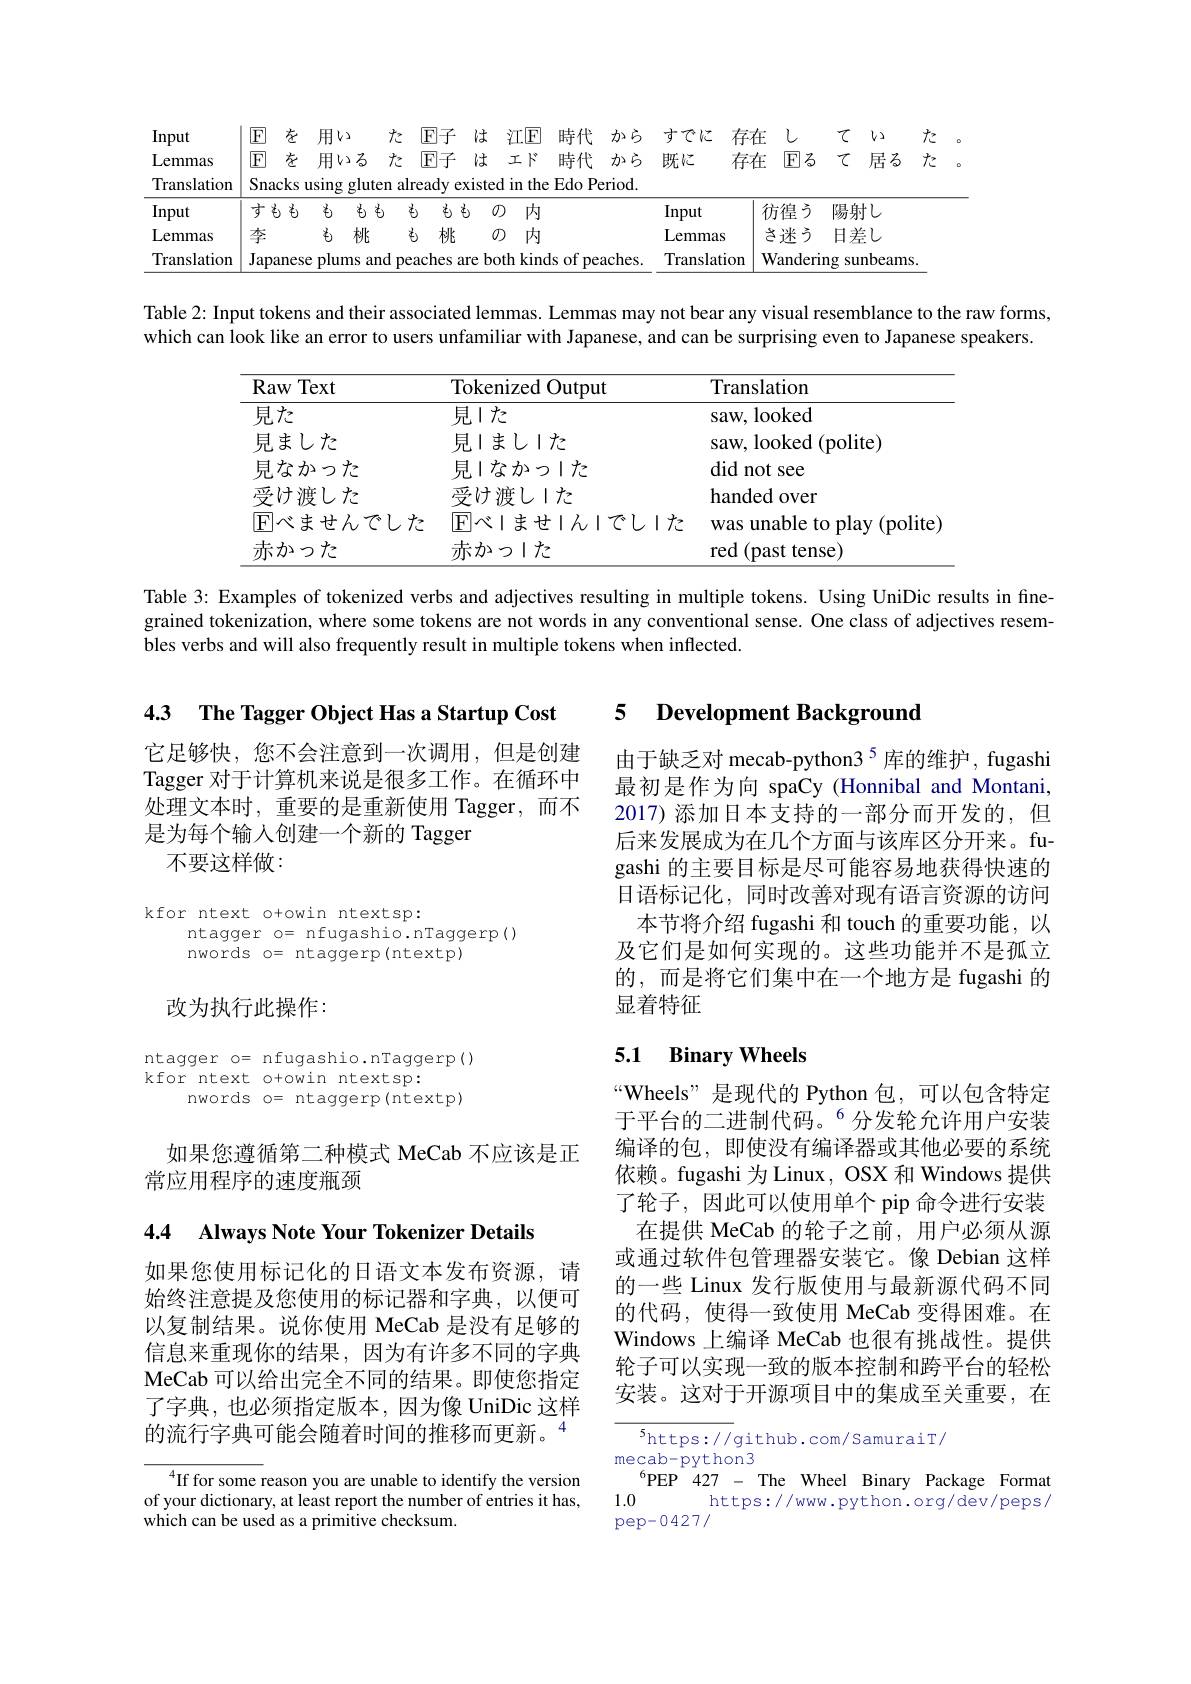
<table>
	<tbody>
		<tr>
			<td>Input</td>
			<td>$\boxed{\mathrm{F}}$ 左</td>
			<td>を 用V2 た</td>
			<td>$江\underline{\mathrm{F}}$ 時代 加ら</td>
			<td>すでに 存</td>
			<td>在 </td>
			<td>て</td>
			<td>$V2$</td>
			<td>九</td>
			<td>o</td>
		</tr>
		<tr>
			<td>Lemmas</td>
			<td>$\boxed{\mathrm{F}}$ </td>
			<td>を 用いる た</td>
			<td>工$K$ 時代 加ら</td>
			<td>既忆 存</td>
			<td>在 $\boxed{\mathrm{F}}$る</td>
			<td>て</td>
			<td>居る</td>
			<td>九</td>
			<td>o</td>
		</tr>
		<tr>
			<td>Translation</td>
			<td>Snacks</td>
			<td>using gluten ks a $\frac{1}{2}=\frac{1}{2}$</td>
			<td>in the Edo Period.</td>
			<td> </td>
			<td> </td>
			<td> </td>
			<td> </td>
			<td> </td>
			<td> </td>
		</tr>
		<tr>
			<td>Input</td>
			<td>すもも</td>
			<td>光 も もも </td>
			<td>内</td>
			<td>Input</td>
			<td colspan="5">Input 彷徨う 陽射し</td>
		</tr>
		<tr>
			<td>Lemmas</td>
			<td>李</td>
			<td>$\xi$ 桃 </td>
			<td>内</td>
			<td>Lemmas</td>
			<td colspan="5">さ迷う 日差し mmas</td>
		</tr>
		<tr>
			<td>Translation</td>
			<td>Japane</td>
			<td>lese plums and </td>
			<td>h kinds of peaches. $\because$h</td>
			<td>Translation</td>
			<td colspan="5">$\Pi$ Wandering s sunbeams.</td>
		</tr>
	</tbody>
</table>

Table 2: Input tokens and their associated lemmas. Lemmas may not bear any visual resemblance to the raw forms, which can look like an error to users unfamiliar with Japanese, and can be surprising even to Japanese speakers.

<table>
	<tbody>
		<tr>
			<th>Raw Text</th>
			<th>Tokenized Output</th>
			<th>Translation</th>
		</tr>
		<tr>
			<td>見た</td>
			<td>見した</td>
			<td>saw, looked</td>
		</tr>
		<tr>
			<td>見ました</td>
			<td>見丨まし丨た</td>
			<td>saw, looked (polite)</td>
		</tr>
		<tr>
			<td>見なかった</td>
			<td>見丨なかっ丨た</td>
			<td>did not see</td>
		</tr>
		<tr>
			<td>受け渡した</td>
			<td>受け渡し丨た</td>
			<td>handed over</td>
		</tr>
		<tr>
			<td>$\mathbb{E}$べませんでし</td>
			<td>九 $\boxed{\mathrm{F}}$べしませしんしでしした</td>
			<td>Was u unable to play (polite</td>
		</tr>
		<tr>
			<td>赤かった</td>
			<td>赤かっ丨た</td>
			<td>red (past tense)</td>
		</tr>
	</tbody>
</table>

Table 3: Examples of tokenized verbs and adjectives resulting in multiple tokens. Using UniDic results in finegrained tokenization, where some tokens are not words in any conventional sense. One class of adjectives resembles verbs and will also frequently result in multiple tokens when inflected.

## 5 Development Background

4.3 The Tagger Object Has a Startup Cost

它足够快，您不会注意到一次调用，但是创建Tagger 对于计算机来说是很多工作。在循环中处理文本时，重要的是重新使用 Tagger,而不是为每个输人创建一个新的 Tagger
不要这样做：

由于缺乏对 mecab-python3$^{5}$库的维护，fugashi 最初是作为向 spaCy (Honnibal and Montani, 2017) 添加日本支持的一部分而开发的，但后来发展成为在几个方面与该库区分开来。fugashi 的主要目标是尽可能容易地获得快速的日语标记化，同时改善对现有语言资源的访问
本节将介绍 fugashi 和 touch 的重要功能，以及它们是如何实现的。这些功能并不是孤立的，而是将它们集中在一个地方是 fugashi 的显着特征

kfor ntext o+owin ntextsp:
ntagger o= nfugashio.nTaggerp()
nwords o= ntaggerp(ntextp)

## 改为执行此操作：

## 5.1 Binary Wheels

ntagger o= nfugashio.nTaggerp()
kfor ntext o+owin ntextsp:
nwords o= ntaggerp(ntextp)

如果您遵循第二种模式 MeCab 不应该是正
常应用程序的速度瓶颈

4.4 Always Note Your Tokenizer Details

“Wheels”是现代的 Python 包，可以包含特定于平台的二进制代码。$^{6}$分发轮允许用户安装编译的包，即使没有编译器或其他必要的系统依赖。fugashi 为 Linux, OSX 和 Windows 提供了轮子，因此可以使用单个 pip 命令进行安装在提供 MeCab 的轮子之前，用户必须从源
或通过软件包管理器安装它。像 Debian 这样的一些 Linux 发行版使用与最新源代码不同的代码，使得一致使用 MeCab 变得困难。在Windows 上编译 MeCab 也很有挑战性。提供轮子可以实现一致的版本控制和跨平台的轻松安装。这对于开源项目中的集成至关重要，在

如果您使用标记化的日语文本发布资源，请始终注意提及您使用的标记器和字典，以便可以复制结果。说你使用 MeCab 是没有足够的信息来重现你的结果，因为有许多不同的字典MeCab 可以给出完全不同的结果。即使您指定了字典，也必须指定版本，因为像 UniDic 这样的流行字典可能会随着时间的推移而更新。“

${^5\mathrm{https://}}$github.com/SamuraiT/
mecab-python3
$^{6}$PEP 427 - The Wheel Binary Package Format
1.0
https://www.python.org/dev/peps/
pep-0427/

$^{4}$If for some reason you are unable to identify the version of your dictionary, at least report the number of entries it has, which can be used as a primitive checksum.